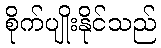
စိုက်ပျိုးနိုင်သည်